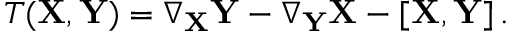
\boldsymbol { T } ( \mathbf { X } , \mathbf { Y } ) = \nabla _ { \mathbf { X } } \mathbf { Y } - \nabla _ { \mathbf { Y } } \mathbf { X } - [ \mathbf { X } , \mathbf { Y } ] \, .